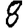
Digit: 8